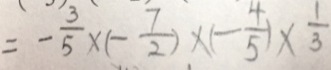
= - \frac { 3 } { 5 } \times ( - \frac { 7 } { 2 } ) \times ( - \frac { 4 } { 5 } ) \times \frac { 1 } { 3 }